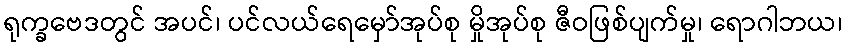
ရုက္ခဗေဒတွင် အပင်၊ ပင်လယ်ရေမှော်အုပ်စု မှိုအုပ်စု ဇီဝဖြစ်ပျက်မှု၊ ရောဂါဘယ၊